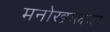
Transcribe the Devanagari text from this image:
मनोखालचा